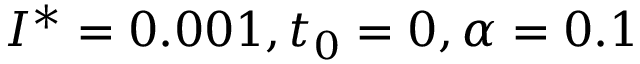
I ^ { * } = 0 . 0 0 1 , t _ { 0 } = 0 , \alpha = 0 . 1